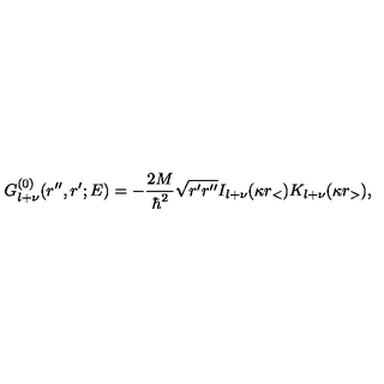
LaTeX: G _ { l + \nu } ^ { ( 0 ) } ( r ^ { \prime \prime } , r ^ { \prime } ; E ) = - \frac { 2 M } { \hbar ^ { 2 } } \sqrt { r ^ { \prime } r ^ { \prime \prime } } I _ { l + \nu } ( \kappa r _ { < } ) K _ { l + \nu } ( \kappa r _ { > } ) ,